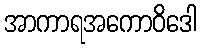
အာကာရအကောဝိဒေါ